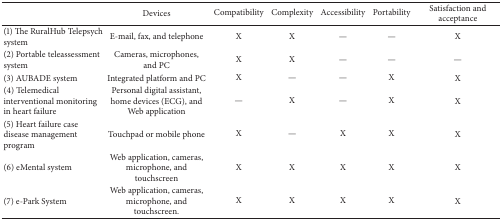
<table><thead><tr><td><b> </b></td><td><b>Devices</b></td><td><b>Compatibility</b></td><td><b>Complexity</b></td><td><b>Accessibility</b></td><td><b>Portability</b></td><td><b>Satisfaction and acceptance</b></td></tr></thead><tbody><tr><td>(1) The RuralHub Telepsych system</td><td>E-mail, fax, and telephone</td><td>X</td><td>X</td><td>—</td><td>—</td><td>X</td></tr><tr><td>(2) Portable teleassessment system</td><td>Cameras, microphones, and PC</td><td>X</td><td>X</td><td>—</td><td>—</td><td>—</td></tr><tr><td>(3) AUBADE system</td><td>Integrated platform and PC</td><td>X</td><td>—</td><td>—</td><td>X</td><td>X</td></tr><tr><td>(4) Telemedical interventional monitoring in heart failure</td><td>Personal digital assistant, home devices (ECG), and Web application</td><td>—</td><td>X</td><td>—</td><td>X</td><td>X</td></tr><tr><td>(5) Heart failure case disease management program</td><td>Touchpad or mobile phone</td><td>X</td><td>—</td><td>X</td><td>X</td><td>X</td></tr><tr><td>(6) eMental system</td><td>Web application, cameras, microphone, and touchscreen</td><td>X</td><td>X</td><td>X</td><td>X</td><td>X</td></tr><tr><td>(7) e-Park System</td><td>Web application, cameras, microphone, and touchscreen.</td><td>X</td><td>X</td><td>X</td><td>X</td><td>X</td></tr></tbody></table>